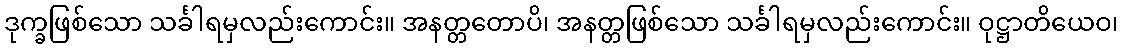
ဒုက္ခဖြစ်သော သင်္ခါရမှလည်းကောင်း။ အနတ္တတောပိ၊ အနတ္တဖြစ်သော သင်္ခါရမှလည်းကောင်း။ ဝုဋ္ဌာတိယေဝ၊